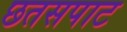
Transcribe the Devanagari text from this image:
छतसपाट